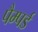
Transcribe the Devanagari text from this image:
पैम्पर्ड